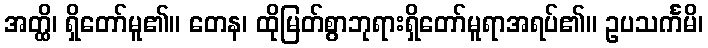
အတ္ထိ၊ ရှိတော်မူ၏။ တေန၊ ထိုမြတ်စွာဘုရားရှိတော်မူရာအရပ်၏။ ဥပသင်္ကမိ၊